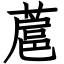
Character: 蔰